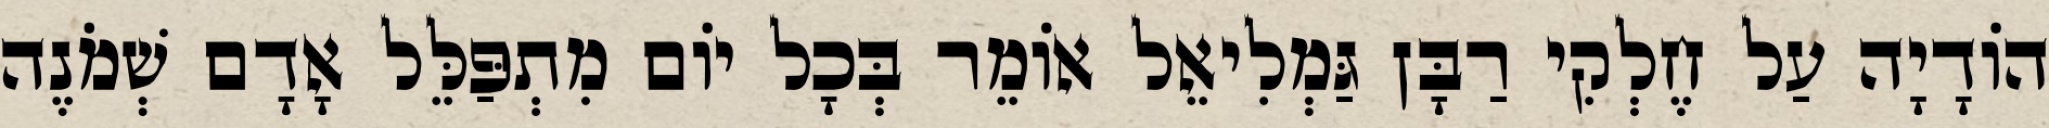
הוֹדָיָה עַל חֶלְקִי רַבָּן גַּמְלִיאֵל אוֹמֵר בְּכָל יוֹם מִתְפַּלֵּל אָדָם שְׁמֹנֶה